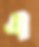
এ